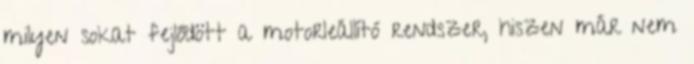
milyen sokat fejlődött a motorleállító rendszer, hiszen már nem